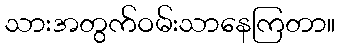
သားအတွက်ဝမ်းသာနေကြတာ။